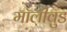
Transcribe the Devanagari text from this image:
मॉलीवुड